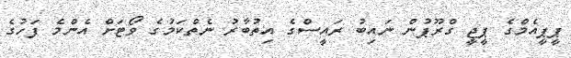
ޕީޕީއެމްގެ ޕީޖީ ގްރޫޕުން ނައިބު ރައީސްގެ އިތުބާރު ނެތްކަމުގެ ވޯޓަށް އެންމެ ފަހުގެ